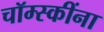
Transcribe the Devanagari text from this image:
चॉम्स्कींना